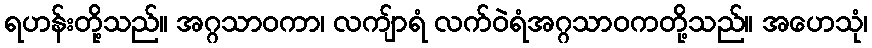
ရဟန်းတို့သည်။ အဂ္ဂသာဝကာ၊ လကျ်ာရံ လက်ဝဲရံအဂ္ဂသာဝကတို့သည်။ အဟေသုံ၊